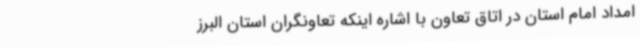
امداد امام استان در اتاق تعاون با اشاره اینکه تعاونگران استان البرز